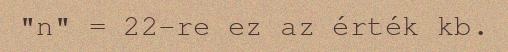
"n" = 22-re ez az érték kb.